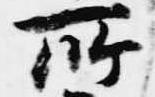
所